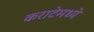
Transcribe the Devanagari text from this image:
कराटेमध्ये